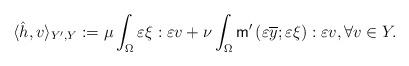
LaTeX: \begin{align*} \langle \hat h, v \rangle_{Y',Y}: = \mu \int_{\Omega} \varepsilon \xi : \varepsilon v +\nu\int_{\Omega} \mathsf{m}'\left( \varepsilon \overline{y};\varepsilon \xi \right) : \varepsilon v, \forall v \in Y. \end{align*}